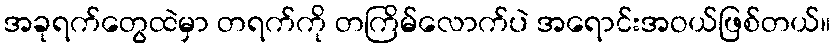
အခုရက်တွေထဲမှာ တရက်ကို တကြိမ်လောက်ပဲ အရောင်းအဝယ်ဖြစ်တယ်။